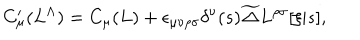
C _ { \mu } ^ { \prime } ( L ^ { \Lambda } ) = C _ { \mu } ( L ) + \epsilon _ { \mu \nu \rho \sigma } \delta ^ { \nu } ( s ) \widetilde \Delta L ^ { \rho \sigma } [ \xi | s ] ,